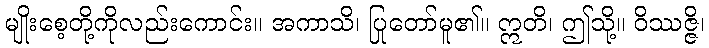
မျိုးစေ့တို့ကိုလည်းကောင်း။ အကာသိ၊ ပြုတော်မူ၏။ ဣတိ၊ ဤသို့။ ဝိဿဇ္ဇိ၊